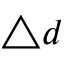
\triangle d